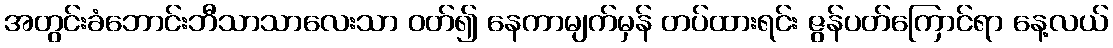
အတွင်းခံဘောင်းဘီသာသာလေးသာ ဝတ်၍ နေကာမျက်မှန် တပ်ထားရင်း ဇွန်ပတ်ကြောင်ရာ နေ့လယ်